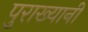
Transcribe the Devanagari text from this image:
पुराख्यानी